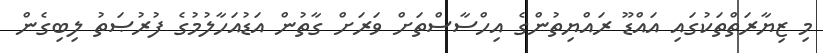
މި ޒިޔާރަތްތަކުގައި އައްޑޫ ރައްޔިތުންގެ އިހްސާސްތަށް ވަރަށް ގާތުން އަޑުއަހާލުމުގެ ފުރުޞަތު ލިބިގެން